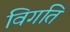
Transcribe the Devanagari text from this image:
विगति